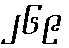
၂၆၉